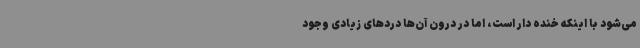
می‌شود با اینکه خنده دار است، اما در درون آن‌ها دردهای زیادی وجود